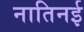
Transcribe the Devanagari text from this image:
नातिनई